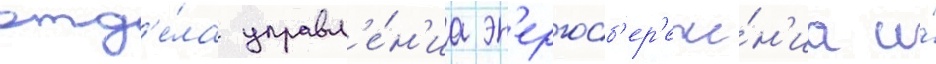
отд'е́ла управл'е́н'иа эн'ергосб'ер'еже́н'иа и́